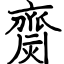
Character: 齌